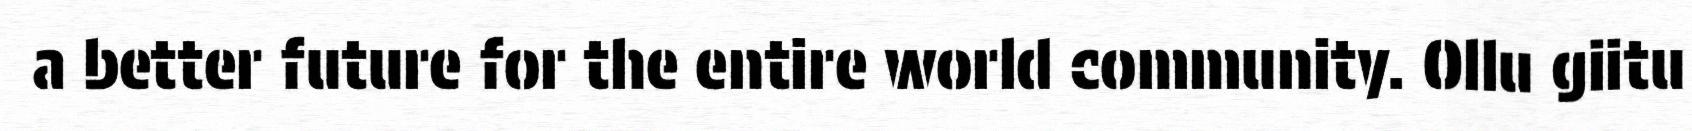
a better future for the entire world community. Ollu giitu